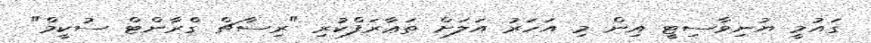
ގައުމީ ޔުނިވާސިޓީ އިން މި އަހަރު އަލަށް ތަޢާރަފްކުރި "ރިސާޗް ގްރާންޓް ސުކީމް"